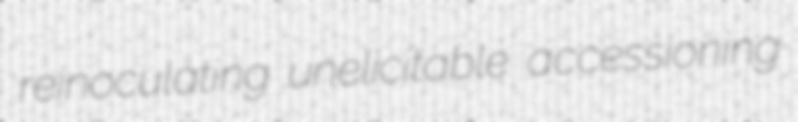
reinoculating unelicitable accessioning